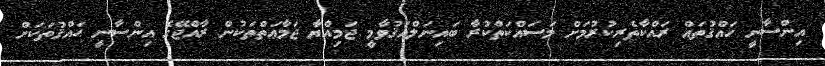
އިންސާނީ ހައްޤުތައް ރައްކާތެރިކުރުމަށް މަސައްކަތްކުރާ ބައިނަލްއަޤުވާމީ ޖަމިއްޔާ ޖަމާޢަތްތަކުން ރާއްޖޭގެ އިންސާނީ ޙައްޤުތަކަށް